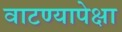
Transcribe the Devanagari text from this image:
वाटण्यापेक्षा